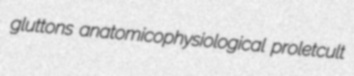
gluttons anatomicophysiological proletcult